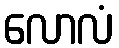
လောလံ